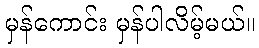
မှန်ကောင်း မှန်ပါလိမ့်မယ်။